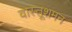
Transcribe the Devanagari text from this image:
वास्तूशमन